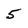
Character: 5